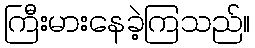
ကြီးမားနေခဲ့ကြသည်။